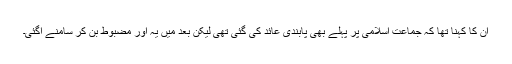
ان کا کہنا تھا کہ جماعت اسلامی پر پہلے بھی پابندی عائد کی گئی تھی لیکن بعد میں یہ اور مضبوط بن کر سامنے آگئی۔